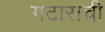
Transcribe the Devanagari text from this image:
गटाराची